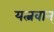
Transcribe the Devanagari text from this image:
यत्नवान्